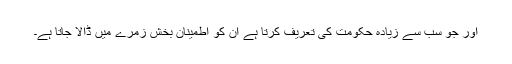
اور جو سب سے زیادہ حکومت کی تعریف کرتا ہے ان کو اطمینان بخش زمرے میں ڈالا جاتا ہے۔